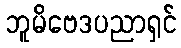
ဘူမိဗေဒပညာရှင်